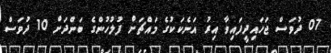
07 ދުވަސް ޖަހައިދީފައިވާ އިރު އަނެކަކުގެ މައްޗަށް ފުލުހުންގެ ބަންދަށް 10 ދުވަސް